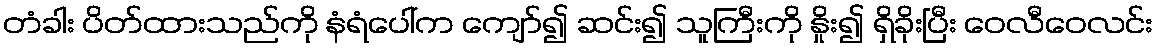
တံခါး ပိတ်ထားသည်ကို နံရံပေါ်က ကျော်၍ ဆင်း၍ သူကြီးကို နှိုး၍ ရှိခိုးပြီး ဝေလီဝေလင်း